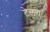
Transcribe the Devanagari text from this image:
टेलय